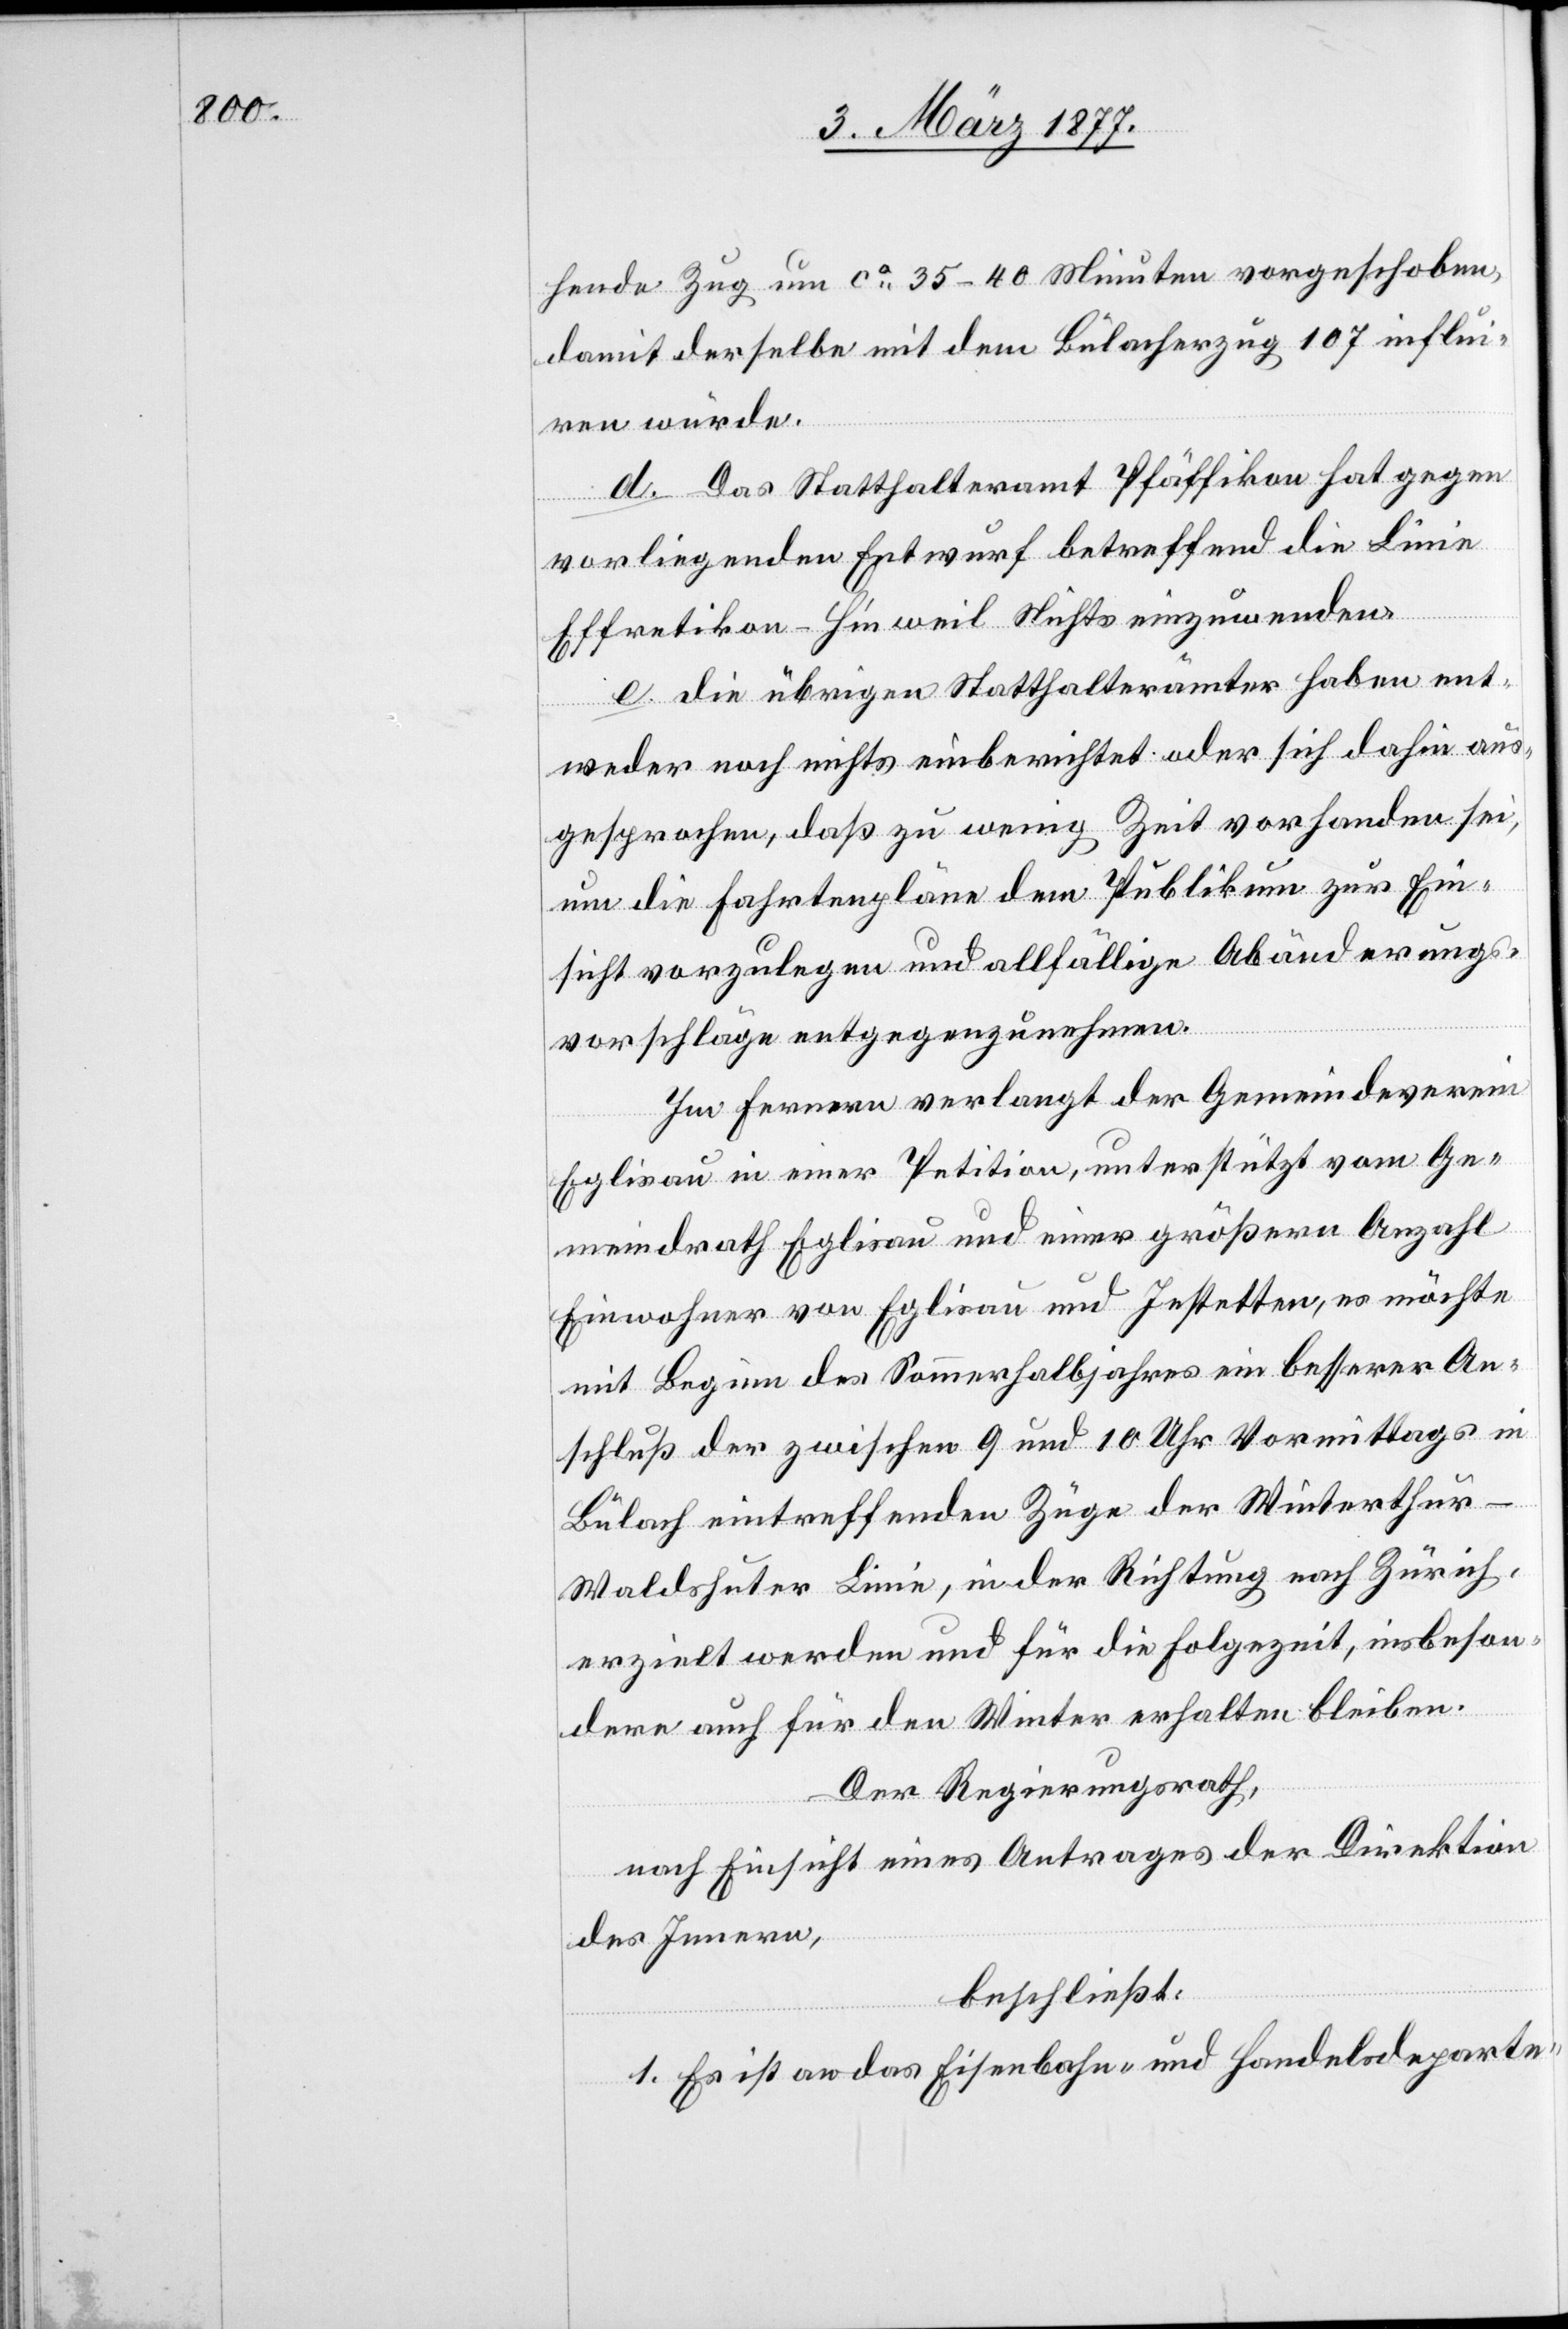
hende Zug um ca 35–40 Minuten vorgeschoben,
damit derselbe mit dem Bülacherzug 107 influi¬
ren würde.
d. Das Statthalteramt Pfäffikon hat gegen
vorliegenden Entwurf betreffend die Linie
Effretikon–Hinweil Nichts einzuwenden.
e. die übrigen Statthalterämter haben ent¬
weder noch nichts einberichtet oder sich dahin aus¬
gesprochen, daß zu wenig Zeit vorhanden sei,
um die Fahrtenpläne dem Publikum zur Ein¬
sicht vorzulegen und allfällige Abänderungs¬
vorschläge entgegenzunehmen.
Im Fernern verlangt der Gemeindeverein
Eglisau in einer Petition, unterstützt vom Ge¬
meindrath Eglisau und einer größern Anzahl
Einwohner von Eglisau und Jestetten, es möchte
mit Beginn des Sommerhalbjahres ein besserer An¬
schluß der zwischen 9 und 10 Uhr Vormittags in
Bülach eintreffenden Züge der Winterthur–W¬
aldshuter Linie, in der Richtung nach Zürich,
erzielt werden und für die Folgezeit, insbeson¬
dere auch für den Winter erhalten bleiben.
Der Regierungsrath,
nach Einsicht eines Antrages der Direktion
des Innern,
beschließt:
1. Es ist an das Eisenbahn- und Handelsdeparte-